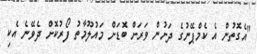
"އެގޮތުން އެ ކެމްޕޭނުގެ ދަށުން ވަރަށް ބޮޑަށް މައުލޫމާތު ފޯރުކޮށް ދެވޭނެ އެކި